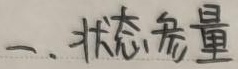
一、状态参量